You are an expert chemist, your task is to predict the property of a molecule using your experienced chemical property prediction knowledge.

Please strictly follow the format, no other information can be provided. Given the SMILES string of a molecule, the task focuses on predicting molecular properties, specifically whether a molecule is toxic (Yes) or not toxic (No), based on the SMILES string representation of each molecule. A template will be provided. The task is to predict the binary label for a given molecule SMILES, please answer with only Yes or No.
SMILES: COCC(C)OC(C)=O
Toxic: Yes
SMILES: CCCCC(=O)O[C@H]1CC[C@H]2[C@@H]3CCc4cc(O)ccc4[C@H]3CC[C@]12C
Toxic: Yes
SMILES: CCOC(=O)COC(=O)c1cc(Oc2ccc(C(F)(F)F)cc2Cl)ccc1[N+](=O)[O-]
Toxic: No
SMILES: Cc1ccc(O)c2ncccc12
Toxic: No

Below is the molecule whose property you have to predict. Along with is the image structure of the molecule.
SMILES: CCCCCC(C)OC(=O)COc1ccc(Cl)c2cccnc12
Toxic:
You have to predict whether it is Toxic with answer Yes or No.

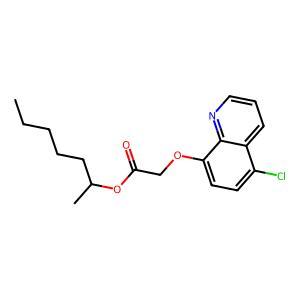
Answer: No